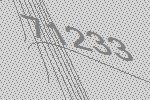
71233